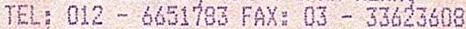
TEL: 012 - 6651783 FAX: 03 - 33623608